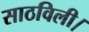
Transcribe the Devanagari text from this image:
साठविली।